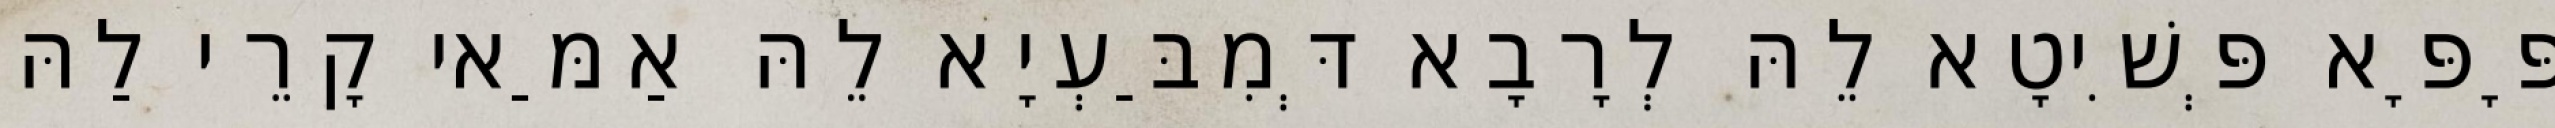
פָּפָּא פְּשִׁיטָא לֵהּ לְרָבָא דְּמִבַּעְיָא לֵהּ אַמַּאי קָרֵי לַהּ